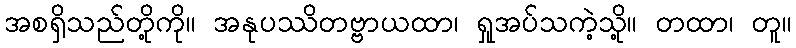
အစရှိသည်တို့ကို။ အနုပဿိတဗ္ဗာယထာ၊ ရှုအပ်သကဲ့သို့။ တထာ၊ တူ။